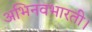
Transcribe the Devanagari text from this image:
अभिनवभारती।